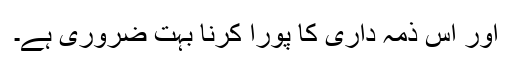
اور اس ذمہ دارى کا پورا کرنا بہت ضرورى ہے۔